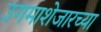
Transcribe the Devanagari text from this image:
उगमाशेजारच्या